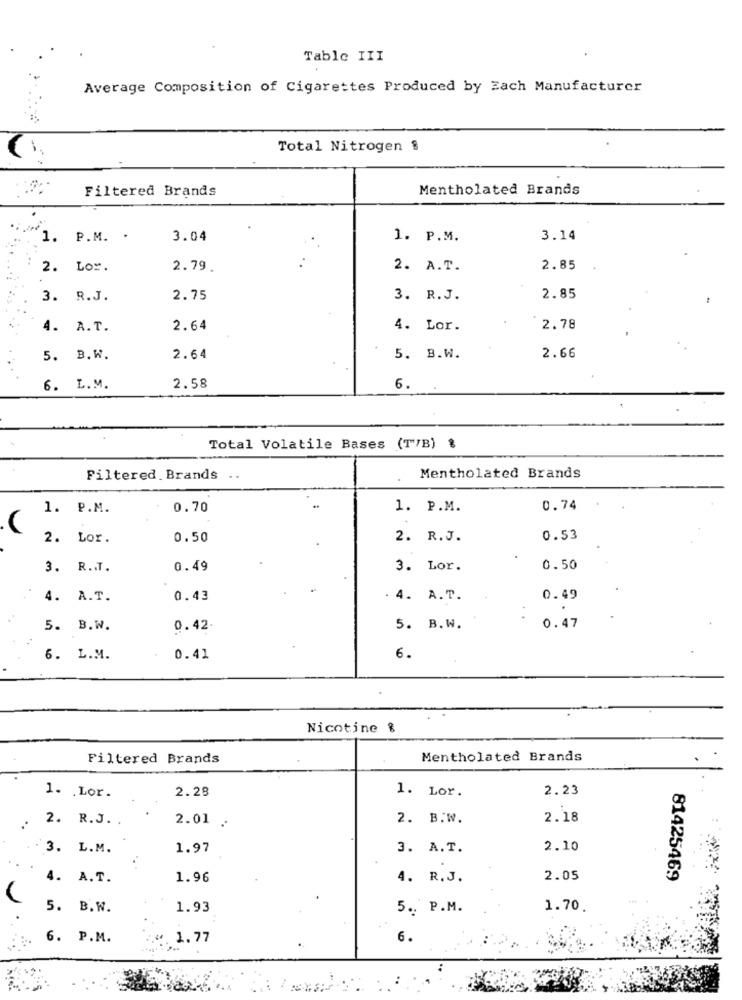
Table III
Average Composition of Cigarettes Produced by Each Manufacturer
Total Nitrogen $
Filtered Brands
Mentholated Brands
1. P.M. .
3.04
1. P.M.
3.14
2. Lor.
2.79.
2. A.T.
2.85
3. R.J.
2.75
3. R.J.
2.85
4. A.T.
2.64
4. Lor.
2.78
2.66
5. B.W.
2.64
5. B.W.
6. L.M.
2.58
6.
Total Volatile Bases (T/B) &
Filtered Brands
Mentholated Brands
1. P.M.
0.70
1. P.M.
0.74
V
2. Lor.
0.50
2. R.J.
0.53
3. R.T.
0.49
3. Lor.
0.50
4. A.T.
0.43
4. A.T.
0.49
5. B.W.
0.42
5. B.W.
0.47
6. L.M.
0.41
6.
Nicotine &
Filtered Brands
Mentholated Brands
1. Lor.
2.23
1. . Lor.
2.28
2. R.J. .
2.01 .
2. B.W.
2.18
3. L.M.
1.97
3. A.T.
2.10
4. A.T.
1.96
4. R.J.
2.05
81425469
5. B.W.
1.93
5. P.M.
1.70
6. P.M.
@. 1.77
6.